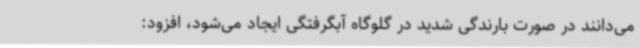
می‌دانند در صورت بارندگی شدید در گلوگاه آبگرفتگی ایجاد می‌شود، افزود: